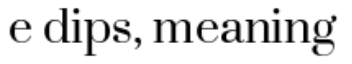
e dips, meaning